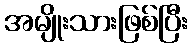
အမျိုးသားဖြစ်ပြီး